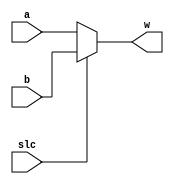
module Mux2to1_1bit(slc, a, b, w);
    
    
    input slc;
    input  a, b;

    output  w;
    
    assign w = ~slc ? a : b;

endmodule